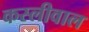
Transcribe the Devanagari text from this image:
कस्लीवाल